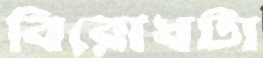
বিরোধটা